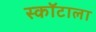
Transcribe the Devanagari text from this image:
स्कॉटाला